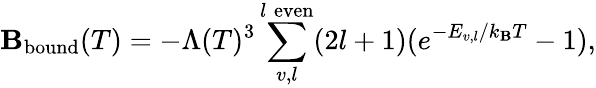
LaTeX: \mathbf{B}_{\mathrm{{bound}}}(T)=-\Lambda(T)^{3}\sum_{v,l}^{l\; \mathrm{{even}}}(2l+1)(e^{-E_{v,l}/k_{\mathrm{{\mathbf{B}}}}T}-1),